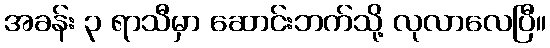
အခန်း ၃ ရာသီမှာ ဆောင်းဘက်သို့ လုလာလေပြီ။